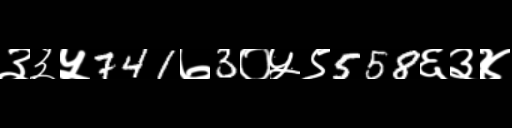
Text: ३३५741७3०५९558६३४